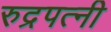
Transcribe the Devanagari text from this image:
रुद्रपत्नी